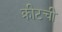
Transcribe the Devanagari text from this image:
क्रीटची